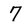
Character: 7